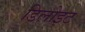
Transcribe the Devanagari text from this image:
डिलोइट